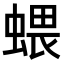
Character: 𧍥